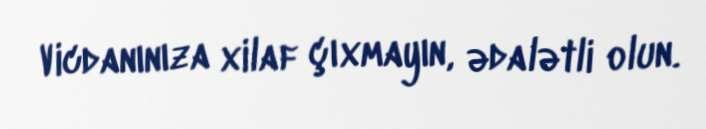
Vicdanınıza xilaf çıxmayın, ədalətli olun.